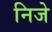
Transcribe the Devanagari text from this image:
निजे